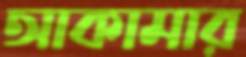
আকামার